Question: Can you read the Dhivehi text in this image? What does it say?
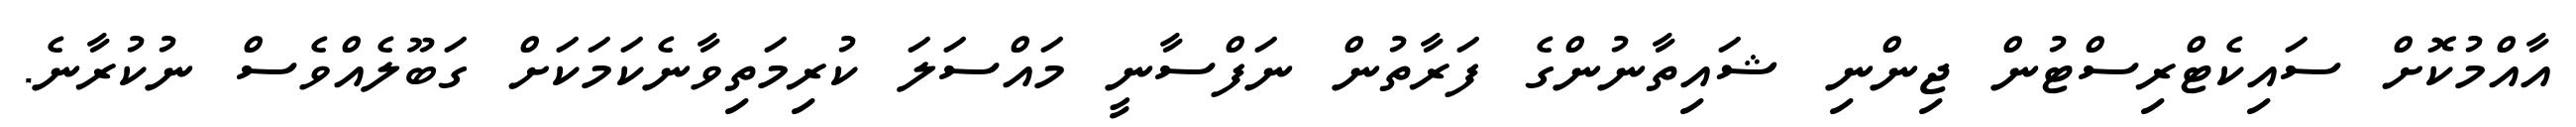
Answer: އާއްމުކޮށް ސައިކެޓްރިސްޓުން ޖިންނި ޝައިތާނުންގެ ފަރާތުން ނަފްސާނީ މައްސަލަ ކުރިމަތިވާނެކަމަކަށް ގަބޫލެއްވެސް ނުކުރާނެ.